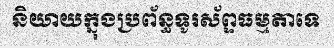
និយាយក្នុងប្រព័ន្ធទូរស័ព្ទធម្មតាទេ